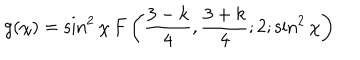
g ( \chi ) = \sin ^ { 2 } { \chi } \, F \left( \frac { 3 - k } { 4 } , \frac { 3 + k } { 4 } ; 2 ; \sin ^ { 2 } { \chi } \right)